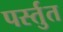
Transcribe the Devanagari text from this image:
पर्स्तुत